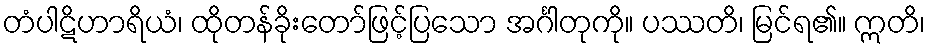
တံပါဋိဟာရိယံ၊ ထိုတန်ခိုးတော်ဖြင့်ပြသော အင်္ဂါတုကို။ ပဿတိ၊ မြင်ရ၏။ ဣတိ၊